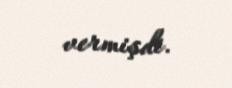
vermişdi.